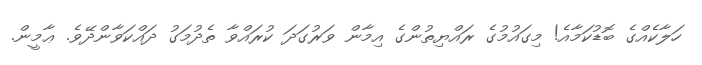
ހަލާކެއްގެ ބޮޑުކަމާއެ! މިގައުމުގެ ރައްޔިތުންގެ އިމާން ވަރުގަދަ ކުރައްވާ ތެދުމަގު ދައްކަވާންދޭވެ. ޢާމީން.